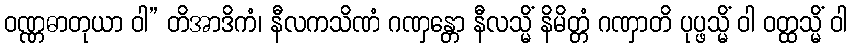
ဝဏ္ဏဓာတုယာ ဝါ” တိအာဒိကံ၊ နီလကသိဏံ ဂဏှန္တော နီလသ္မိံ နိမိတ္တံ ဂဏှာတိ ပုပ္ဖသ္မိံ ဝါ ဝတ္ထသ္မိံ ဝါ